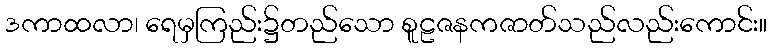
ဒကာထလာ၊ ရေမှကြည်း၌တည်သော စူဠဇနကဇာတ်သည်လည်းကောင်း။